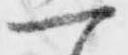
一